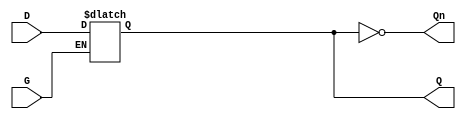
module GatedDLatch (
    input wire D,    // Data input
    input wire G,    // Gating control signal
    output reg Q,    // Output that holds the stored value
    output wire Qn   // Complementary output
);

// Complementary output
assign Qn = ~Q;

// Always block to implement the latch behavior
always @ (D or G) begin
    if (G) begin
        Q <= D;  // When G is high, Q follows D
    end
    // When G is low, Q retains its value (holds the last state)
end

endmodule